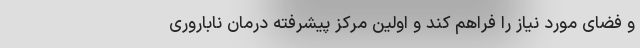
و فضای مورد نیاز را فراهم کند و اولین مرکز پیشرفته درمان ناباروری